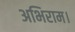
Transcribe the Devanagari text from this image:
अभिराम।